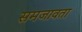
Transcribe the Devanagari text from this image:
समजावता